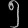
Digit: ၅